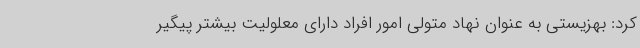
کرد: بهزیستی به عنوان نهاد متولی امور افراد دارای معلولیت بیشتر پیگیر